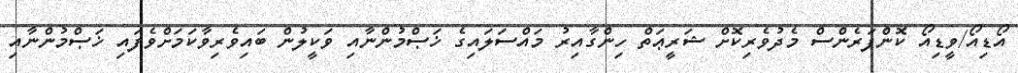
އޯޑިއޯ/ވީޑިއޯ ކޮންފަރެންސް މެދުވެރިކޮށް ޝަރީޢަތް ހިންގާއިރު މައްސަލައިގެ ޚަޞްމުންނާއި ވަކީލުން ބައިވެރިވާކަމަށްވެފައި ޚަޞްމުންނާއި